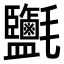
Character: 𣱄